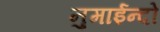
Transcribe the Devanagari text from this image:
नुमाईन्दो